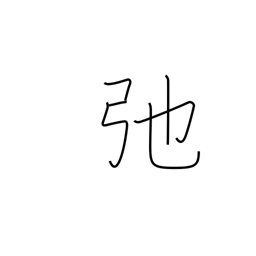
Meaning: slacken